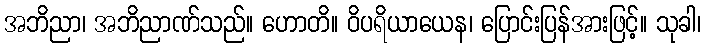
အဘိညာ၊ အဘိညာဏ်သည်။ ဟောတိ။ ဝိပရိယာယေန၊ ပြောင်းပြန်အားဖြင့်။ သုခါ၊